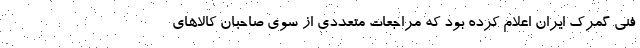
فنی گمرک ایران اعلام کرده بود که مراجعات متعددی از سوی صاحبان کالاهای